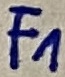
Text: F1